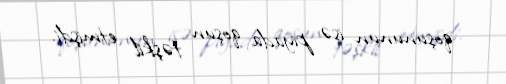
qoşununun isə piyada qoşun təşkil etmişdi.